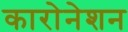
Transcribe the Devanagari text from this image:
कारोनेशन